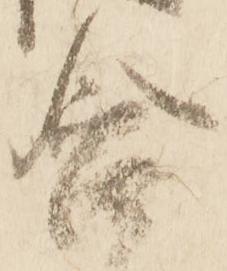
含